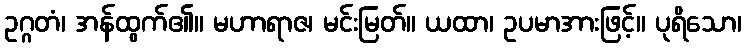
ဥဂ္ဂတံ၊ အန်ထွက်၏။ မဟာရာဇ၊ မင်းမြတ်။ ယထာ၊ ဥပမာအားဖြင့်။ ပုရိသော၊